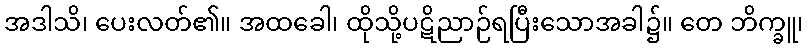
အဒါသိ၊ ပေးလတ်၏။ အထခေါ၊ ထိုသို့ပဋိညာဉ်ရပြီးသောအခါ၌။ တေ ဘိက္ခူ၊